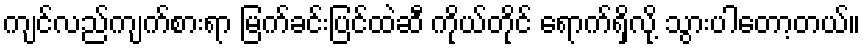
ကျင်လည်ကျက်စားရာ မြက်ခင်းပြင်ထဲဆီ ကိုယ်တိုင် ရောက်ရှိလို့ သွားပါတော့တယ်။